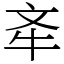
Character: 𣁄